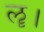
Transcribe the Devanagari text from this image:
ॡ।